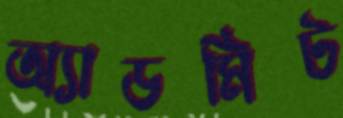
অ্যাডমিট